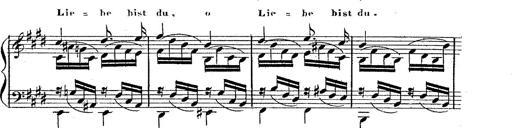
Title: 12 Lieder von Franz Schubert
Composer: Franz Liszt